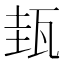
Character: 𤬿